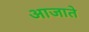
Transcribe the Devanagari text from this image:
आजाते